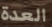
العدة